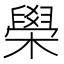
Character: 𦦗